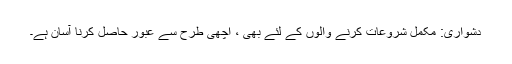
دشواری: مکمل شروعات کرنے والوں کے لئے بھی ، اچھی طرح سے عبور حاصل کرنا آسان ہے۔